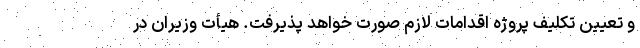
و تعیین تکلیف پروژه اقدامات لازم صورت خواهد پذیرفت. هیأت وزیران در